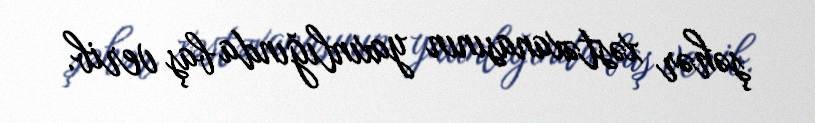
şəhər xəstəxanasının yaxınlığında baş verib.